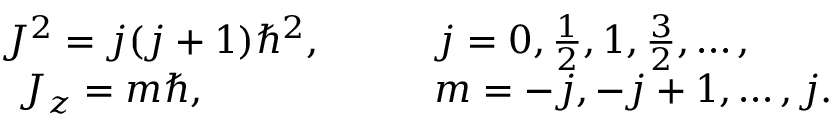
\begin{array} { r l } { J ^ { 2 } = j ( j + 1 ) \hbar ^ { 2 } , \qquad } & { { } j = 0 , { \frac { 1 } { 2 } } , 1 , { \frac { 3 } { 2 } } , \ldots , } \\ { J _ { z } = m \hbar , \qquad \qquad \quad } & { { } m = - j , - j + 1 , \ldots , j . } \end{array}